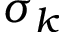
\sigma _ { k }